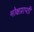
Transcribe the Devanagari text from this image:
मोक्षप्राप्‍ती